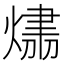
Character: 𤌛